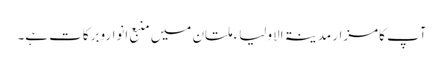
آپ کامزار مدینۃ الاولیاء ملتان میں منبعِ انواروبرکات ہے۔